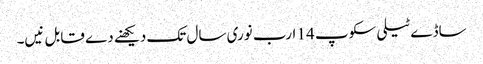
ساڈے ٹیلی سکوپ 14 ارب نوری سال تک دیکھنے دے قابل نیں۔